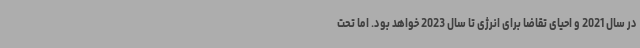
در سال 2021 و احیای تقاضا برای انرژی تا سال 2023 خواهد بود. اما تحت